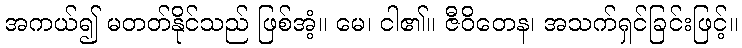
အကယ်၍ မတတ်နိုင်သည် ဖြစ်အံ့။ မေ၊ ငါ၏။ ဇီဝိတေန၊ အသက်ရှင်ခြင်းဖြင့်။